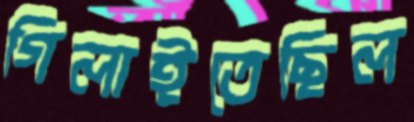
গিলাইতেছিল